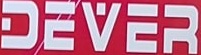
DEVER